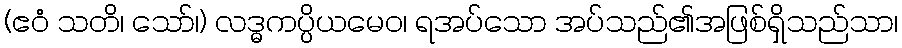
(ဧဝံ သတိ၊ သော်၊) လဒ္ဓကပ္ပိယမေဝ၊ ရအပ်သော အပ်သည်၏အဖြစ်ရှိသည်သာ၊